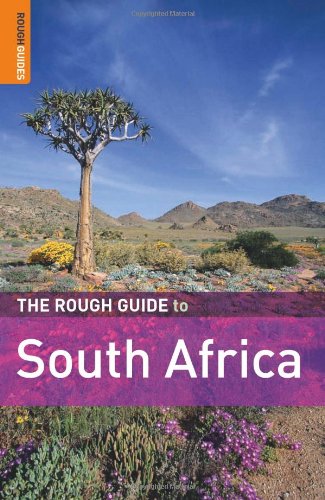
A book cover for The Rough Guide to South Africa 5 (Rough Guide Travel Guides); Tony Pinchuck; Travel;